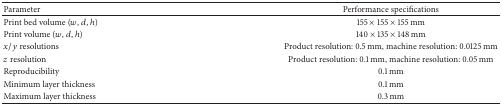
<table><thead><tr><td><b>Parameter</b></td><td><b>Performance specifications </b></td></tr></thead><tbody><tr><td>Print bed volume (<i>w</i>, <i>d</i>, <i>h</i>)</td><td>155 × 155 × 155 mm</td></tr><tr><td>Print volume (<i>w</i>, <i>d</i>, <i>h</i>)</td><td>140 × 135 × 148 mm</td></tr><tr><td><i>x</i>/<i>y</i> resolutions</td><td>Product resolution: 0.5 mm, machine resolution: 0.0125 mm</td></tr><tr><td><i>z</i> resolution</td><td>Product resolution: 0.1 mm, machine resolution: 0.05 mm</td></tr><tr><td>Reproducibility</td><td>0.1 mm</td></tr><tr><td>Minimum layer thickness</td><td>0.1 mm</td></tr><tr><td>Maximum layer thickness</td><td>0.3 mm</td></tr></tbody></table>